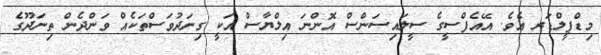
މިޑްފީލްޑަރ އެވެ. އޭއެފްސީގެ ސީލައިސަންސް އޮންނަ އިލްޔާސް އަކީ ގިނަދުވަސްތަކެއް ވަންދެން ތިނަދޫގެ